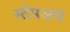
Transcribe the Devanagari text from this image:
स्टेपअप